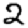
Digit: 2